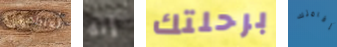
العاطفي إنه برحلتك إقامتك